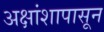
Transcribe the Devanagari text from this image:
अक्षांशापासून